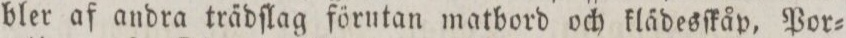
bler af andra trädſklag förutan matbord och klädesſkåp, Por=